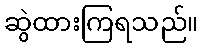
ဆွဲထားကြရသည်။